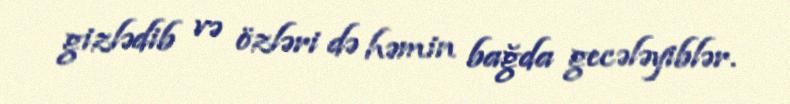
gizlədib və özləri də həmin bağda gecələyiblər.